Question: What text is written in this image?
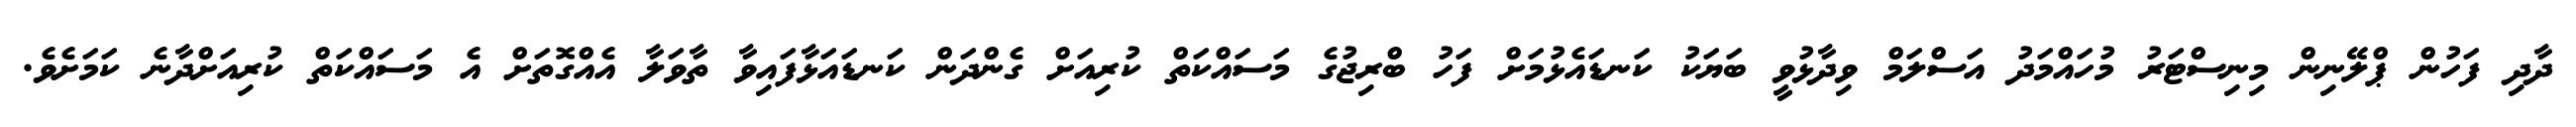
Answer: ދާދި ފަހުން ޕްލޭނިން މިނިސްޓަރު މުހައްމަދު އަސްލަމް ވިދާޅުވީ ބަޔަކު ކަނޑައެޅުމަށް ފަހު ބްރިޖުގެ މަސައްކަތް ކުރިއަށް ގެންދަން ކަނޑައަޅާފައިވާ ތާވަލާ އެއްގޮތަށް އެ މަސައްކަތް ކުރިއަށްދާނެ ކަމަށެވެ.